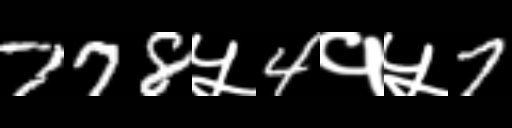
Text: 778५4१५7